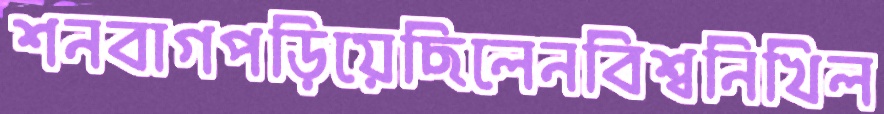
শনবাগপড়িয়েছিলেনবিশ্বনিখিল